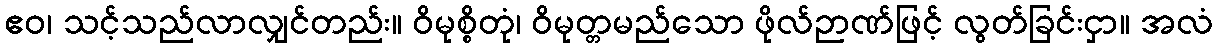
ဧဝ၊ သင့်သည်လာလျှင်တည်း။ ဝိမုစ္စိတုံ၊ ဝိမုတ္တမည်သော ဖိုလ်ဉာဏ်ဖြင့် လွတ်ခြင်းငှာ။ အလံ